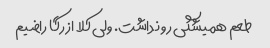
طعم همیشگی رو نداشت. ولی کلا از رگا راضیم